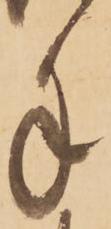
手